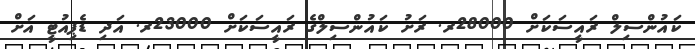
ކައުންސިލް ރައީސަކަށް 28000ރ. ރަށު ކައުންސިލްގެ ރައީސަކަށް 23000ރ. އަދި ޑެޕިއުޓީ އަށް